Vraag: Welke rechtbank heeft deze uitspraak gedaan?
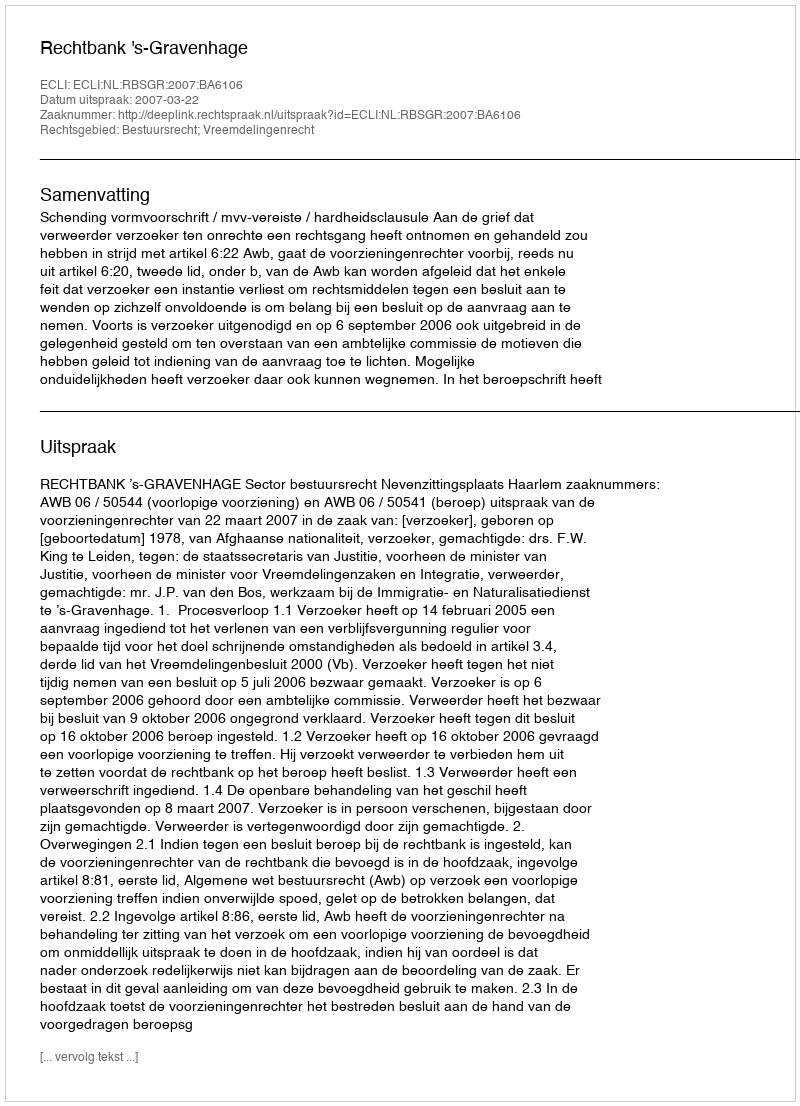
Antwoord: Rechtbank 's-Gravenhage